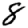
Digit: 8